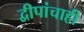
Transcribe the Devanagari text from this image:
द्वीपांचाही